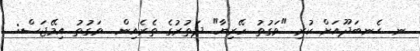
ނ. ޙެނބަދޫއަށް ކުރި "ވަގުތު ހޭރިޔާ" ދަތުރުގެ ތެރެއިން  ވަގުތު އިމޭޖަސް: